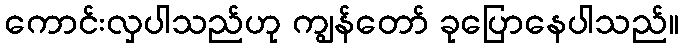
ကောင်းလှပါသည်ဟု ကျွန်တော် ခုပြောနေပါသည်။